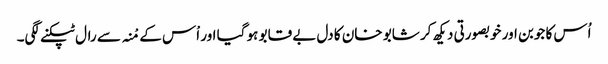
اُس کا جوبن اور خوبصورتی دیکھ کر شابو خان کا دل بے قابو ہو گیا اور اْس کے مْنہ سے رال ٹپکنے لگی۔